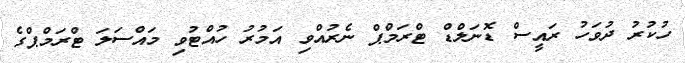
ހުކުރު ދުވަހު ރައީސް ޑޮނަލްޑް ޓްރަމްޕް ނެރުއްވި އަމުރު ހުއްޓުވި މައްސަލަ ޓްރަމްޕްގެ